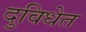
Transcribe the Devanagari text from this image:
दुविधेत